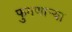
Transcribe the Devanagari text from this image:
फुगणार्‍या